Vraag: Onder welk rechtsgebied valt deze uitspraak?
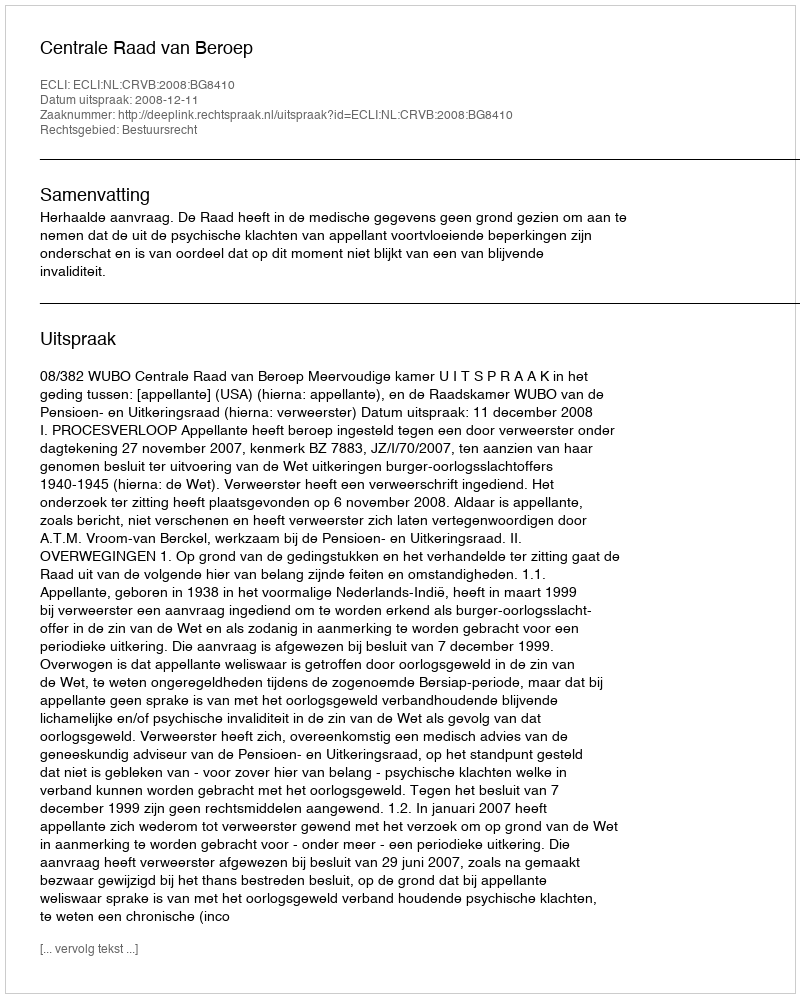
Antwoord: Bestuursrecht